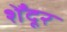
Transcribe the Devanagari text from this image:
शेँदूर